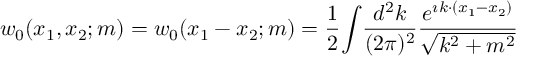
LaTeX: w _ { 0 } ( x _ { 1 } , x _ { 2 } ; m ) = w _ { 0 } ( x _ { 1 } - x _ { 2 } ; m ) = \frac 1 2 \displaystyle { \int } \frac { d ^ { 2 } k } { ( 2 \pi ) ^ { 2 } } \frac { e ^ { \imath k \cdot ( x _ { 1 } - x _ { 2 } ) } } { \sqrt { k ^ { 2 } + m ^ { 2 } } }